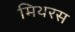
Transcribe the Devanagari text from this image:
मिथरस